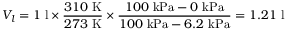
V _ { l } = 1 \ \mathrm { l } \times { \frac { 3 1 0 \ \mathrm { K } } { 2 7 3 \ \mathrm { K } } } \times { \frac { 1 0 0 \ \mathrm { k P a } - 0 \ \mathrm { k P a } } { 1 0 0 \ \mathrm { k P a } - 6 . 2 \ \mathrm { k P a } } } = 1 . 2 1 \ \mathrm { l }